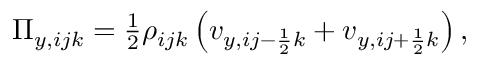
\begin{array} { r } { \Pi _ { y , i j k } = \frac { 1 } { 2 } \rho _ { i j k } \left( v _ { y , i j - \frac { 1 } { 2 } k } + v _ { y , i j + \frac { 1 } { 2 } k } \right) , } \end{array}